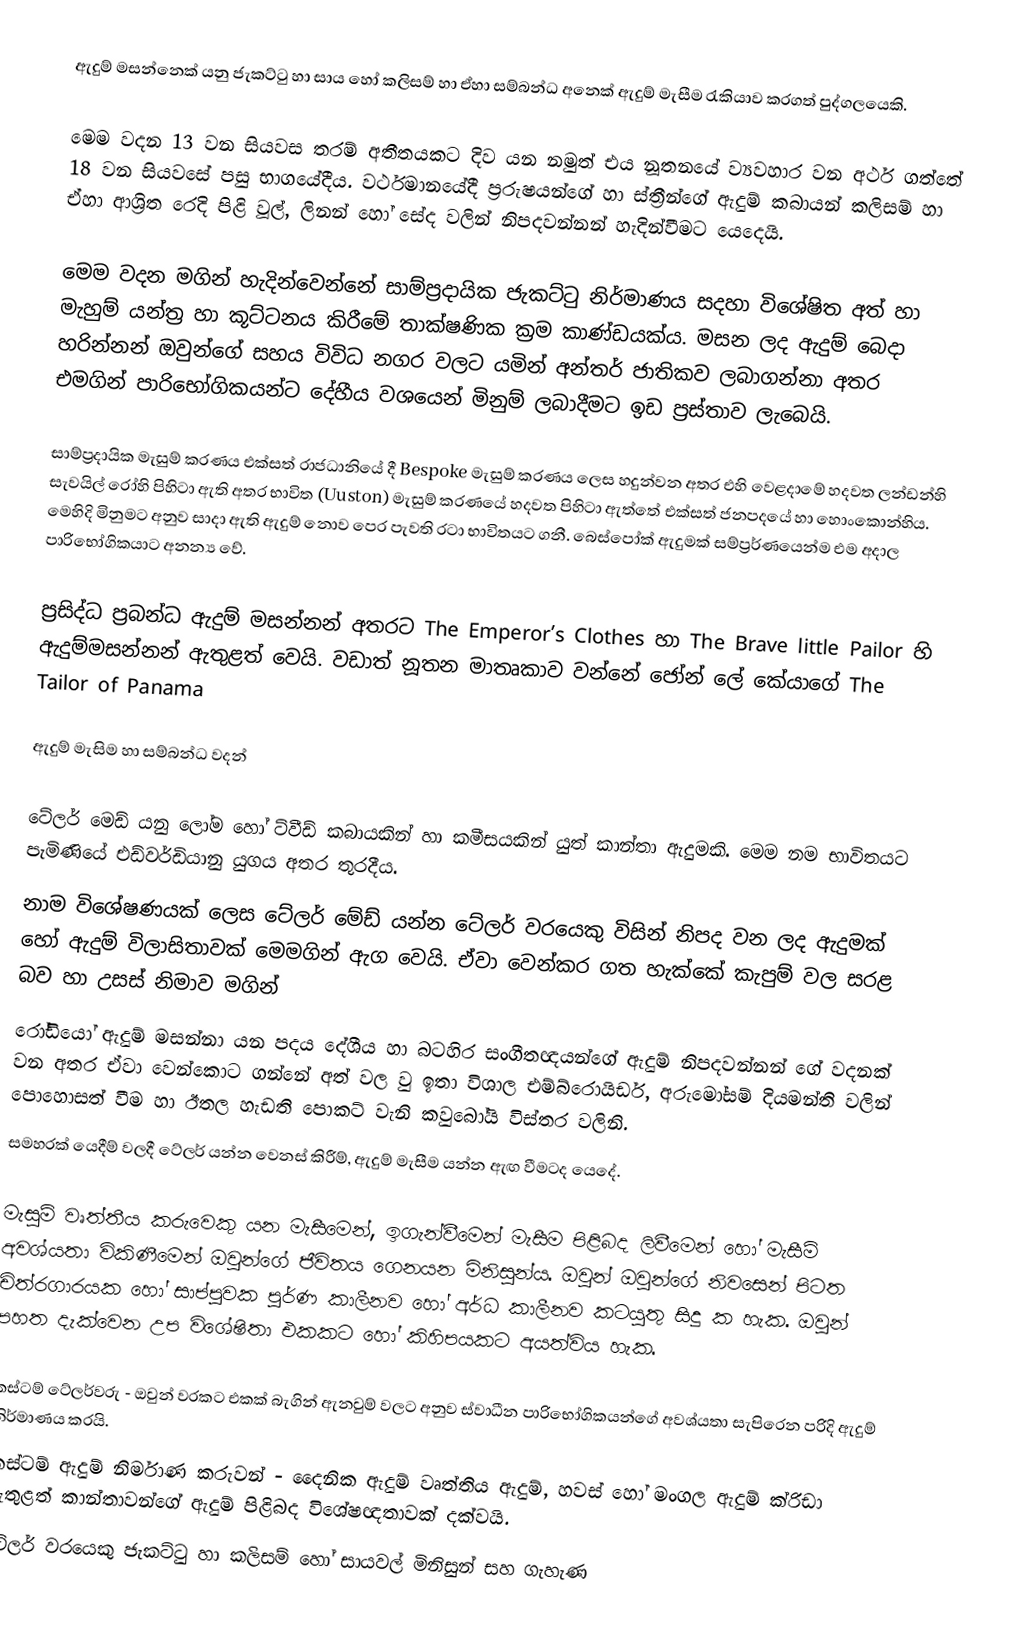
ඇදුම් මසන්නෙක් යනු ජැකට්ටු හා සාය හෝ කලිසම් හා ඒහා සම්බන්ධ අනෙක් ඇදුම් මැසීම රැකියාව කරගත් පුද්ගලයෙකි.

මෙම වදන 13 වන සියවස තරම් අතීතයකට දිව යන නමුත් එය නූතනයේ ව්‍යවහාර වන අර්ථ ගත්තේ 18 වන සියවසේ පසු භාගයේදීය. වර්ථමානයේදී ප්‍රරුෂයන්ගේ හා ස්ත්‍රීන්ගේ ඇදුම් කබායන් කලිසම් හා ඒහා ආශ්‍රිත රෙදි පිළි වූල්, ලිනන් හෝ සේද වලින් නිපදවන්නන් හැදින්වීමට යෙදෙයි.

මෙම වදන මගින් හැදින්වෙන්නේ සාම්ප්‍රදායික ජැකට්ටු නිර්මාණය සදහා විශේෂිත අත් හා මැහුම් යන්ත්‍ර හා කූට්ටනය කිරීමේ තාක්ෂණික ක්‍රම කාණ්ඩයක්ය. මසන ලද ඇදුම් බෙදා හරින්නන් ඔවුන්ගේ සහය විවිධ නගර වලට යමින් අන්තර් ජාතිකව ලබාගන්නා අතර එමගින් පාරිභෝගිකයන්ට දේහීය වශයෙන් මිනුම් ලබාදීමට ඉඩ ප්‍රස්තාව ලැබෙයි.

සාම්ප්‍රදායික මැසුම් කරණය එක්සත් රාජධානියේ දී Bespoke මැසුම් කරණය ලෙස හදුන්වන අතර එහි වෙළදාමේ හදවත ලන්ඩන්හි සැවයිල් රෝහි පිහිටා ඇති අතර භාවිත (Uuston) මැසුම් කරණයේ හදවත පිහිටා ඇත්තේ එක්සත් ජනපදයේ හා හොංකොන්හිය. මෙහිදි මිනුමට අනුව සාදා ඇති ඇදුම් නොව පෙර පැවති රටා භාවිතයට ගනී. බෙස්පෝක් ඇදුමක් සම්ප්‍රර්ණයෙන්ම එම අදාල පාරිභෝගිකයාට අනන්‍ය වේ.

ප්‍රසිද්ධ ප්‍රබන්ධ ඇදුම් මසන්නන් අතරට The Emperor’s Clothes හා The Brave little Pailor හි ඇදුම්මසන්නන් ඇතුළත් වෙයි. වඩාත් නූතන මාතෘකාව වන්නේ ජෝන් ලේ කේයාගේ The Tailor of Panama

ඇදුම් මැසිම හා සම්බන්ධ වදන්

ටේලර් මෙඩ් යනු ලෝම හෝ ට්වීඩ් කබායකින් හා කමීසයකින් යුත් කාන්තා ඇදුමකි. මෙම නම භාවිතයට පැමිණියේ එඩ්වර්ඩියානු යුගය අතර තුරදීය.
නාම විශේෂණයක් ලෙස ටේලර් මේඩ් යන්න ටේලර් වරයෙකු විසින් නිපද වන ලද ඇදුමක් හෝ ඇදුම් විලාසිතාවක් මෙමගින් ඇග වෙයි. ඒවා වෙන්කර ගත හැක්කේ කැපුම් වල සරළ බව හා උසස් නිමාව මගින්
රෝඩියෝ ඇදුම් මසන්නා යන පදය දේශීය හා බටහිර සංගීතඥයන්ගේ ඇදුම් නිපදවන්නන් ගේ වදනක් වන අතර ඒවා වෙන්කොට ගන්නේ අත් වල වු ඉතා විශාල එම්බ්රොයිඩර්, අරුමෝසම් දියමන්ති වලින් පොහොසත් වීම හා ඊතල හැඩති පොකට් වැනි කවුබෝයි විස්තර වලිනි.
සමහරක් යෙදීම් වලදී ටේලර් යන්න වෙනස් කිරීම්, ඇදුම් මැසීම යන්න ඇඟ වීමටද යෙදේ.

මැසුම් වෘත්තීය කරුවෙකු යන මැසීමෙන්, ඉගැන්වීමෙන් මැසීම පිළිබද ලිවීමෙන් හෝ මැසීම් අවශ්යතා විකිණීමෙන් ඔවුන්ගේ ජීවිතය ගෙනයන මිනිසුන්ය. ඔවුන් ඔවුන්ගේ නිවසෙන් පිටත චිත්රගාරයක හෝ සාප්පුවක පුර්ණ කාලීනව හෝ අර්ධ කාලීනව කටයුතු සිදු ක හැක. ඔවුන් පහත දැක්වෙන උප විශේෂිතා එකකට හෝ කිහිපයකට අයත්විය හැක.

කස්ටම් ටේලර්වරු - ඔවුන් වරකට එකක් බැගින් ඇනවුම් වලට අනුව ස්වාධීන පාරිභෝගිකයන්ගේ අවශ්යතා සැපිරෙන පරිදි ඇදුම් නිර්මාණය කරයි.
කස්ටම් ඇදුම් නිර්මාණ කරුවන් - දෛනික ඇදුම් වෘත්තිය ඇදුම්, හවස් හෝ මංගල ඇදුම් ක්රිඩා ඇතුළත් කාන්තාවන්ගේ ඇදුම් පිළිබද විශේෂඥතාවක් දක්වයි.
ටේලර් වරයෙකු ජැකට්ටු හා කලිසම් හෝ සායවල් මිනිසුන් සහ ගැහැණ